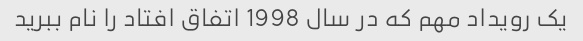
یک رویداد مهم که در سال 1998 اتفاق افتاد را نام ببرید